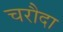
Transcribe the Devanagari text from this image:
चरौदा